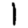
Digit: 1